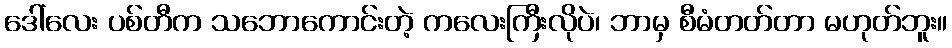
ဒေါ်လေး ပစ်တီက သဘောကောင်းတဲ့ ကလေးကြီးလိုပဲ၊ ဘာမှ စီမံတတ်တာ မဟုတ်ဘူး။